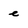
Character: e